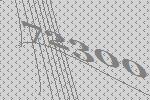
72300